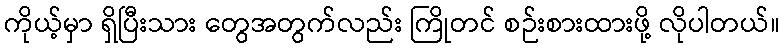
ကိုယ့်မှာ ရှိပြီးသား တွေအတွက်လည်း ကြိုတင် စဉ်းစားထားဖို့ လိုပါတယ်။